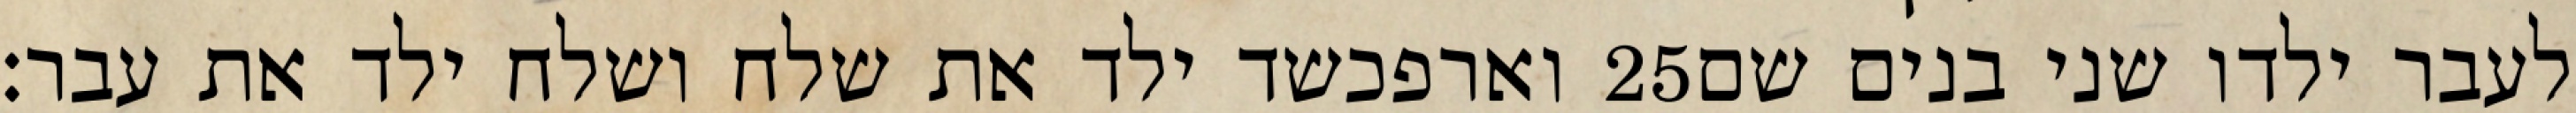
וארפכשד ילד את שלח ושלח ילד את עבר׃ ‎25‏ לעבר ילדו שני בנים שם